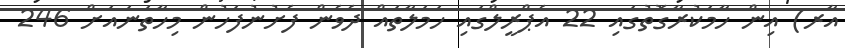
އާރ) އިން ހާމަކުރާގޮތުގައި 22 އެޕްރީލްގައި ހަމަލާތައް ދެވެން ފެށުނުފަހުން މިހާތަނައަށް 246